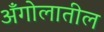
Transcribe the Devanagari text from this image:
अँगोलातील